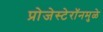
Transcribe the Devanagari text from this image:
प्रोजेस्टेरॉनमुळे